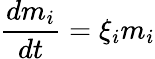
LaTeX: \frac{dm_{i}}{dt}=\xi_{i}m_{i}